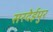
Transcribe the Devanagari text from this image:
सरदेईपुर